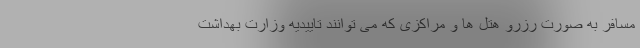
مسافر به صورت رزرو هتل ها و مراکزی که می توانند تاییدیه وزارت بهداشت